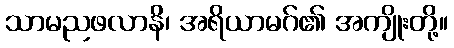
သာမညဖလာနိ၊ အရိယာမဂ်၏ အကျိုးတို့။